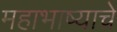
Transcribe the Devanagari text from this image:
महाभाष्याचे